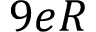
9 e R